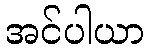
အင်ပါယာ